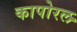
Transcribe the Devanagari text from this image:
कापोरल